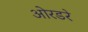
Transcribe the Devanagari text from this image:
ओरडरे